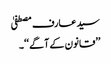
سید عارف مصطفیٰ
’’قانون کے آگے ‘‘۔